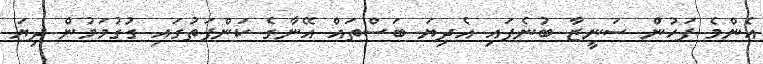
އެންމެ ފަހުން ސަނީޒާ ބުނެފައި އެދިޔަ ބަސްތައް އޭނާގެ ކަންފަތުގައި ގުގުމަމުން ދިޔަ